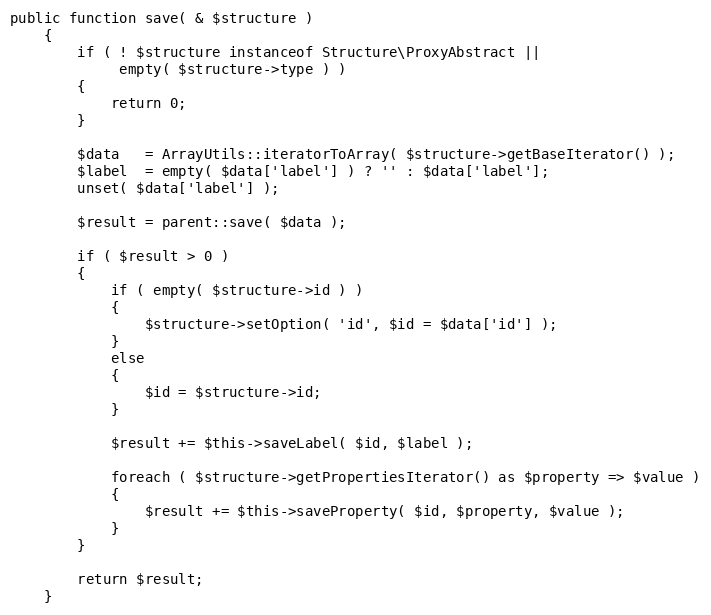
Language: PHP
public function save( & $structure )
    {
        if ( ! $structure instanceof Structure\ProxyAbstract ||
             empty( $structure->type ) )
        {
            return 0;
        }

        $data   = ArrayUtils::iteratorToArray( $structure->getBaseIterator() );
        $label  = empty( $data['label'] ) ? '' : $data['label'];
        unset( $data['label'] );

        $result = parent::save( $data );

        if ( $result > 0 )
        {
            if ( empty( $structure->id ) )
            {
                $structure->setOption( 'id', $id = $data['id'] );
            }
            else
            {
                $id = $structure->id;
            }

            $result += $this->saveLabel( $id, $label );

            foreach ( $structure->getPropertiesIterator() as $property => $value )
            {
                $result += $this->saveProperty( $id, $property, $value );
            }
        }

        return $result;
    }